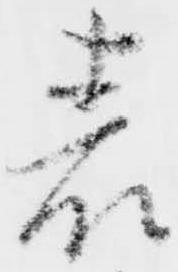
表